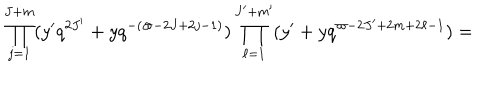
\prod _ { j = 1 } ^ { J + m } ( y ^ { \prime } q ^ { 2 J ^ { \prime } } + y q ^ { - ( \varpi - 2 J + 2 j - 1 ) } ) \prod _ { \ell = 1 } ^ { J ^ { \prime } + m ^ { \prime } } ( y ^ { \prime } + y q ^ { \varpi - 2 J ^ { \prime } + 2 m + 2 \ell - 1 } ) =